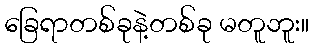
ခြေရာတစ်ခုနဲ့တစ်ခု မတူဘူး။